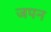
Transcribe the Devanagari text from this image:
जपन